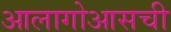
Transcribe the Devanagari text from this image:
आलागोआसची